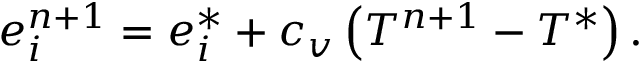
e _ { i } ^ { n + 1 } = e _ { i } ^ { * } + c _ { v } \left( T ^ { n + 1 } - T ^ { * } \right) .